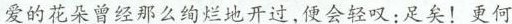
爱的花朵曾经那么绚烂地开过,便会轻叹:足矣!!更何